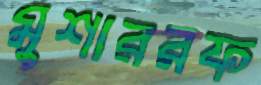
মুশাররফ